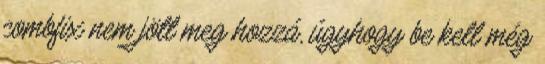
combfix nem jött meg hozzá, úgyhogy be kell még